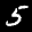
Label: 5